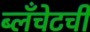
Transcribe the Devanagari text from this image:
ब्लँचेटची